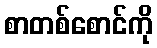
စာတစ်စောင်ကို